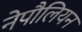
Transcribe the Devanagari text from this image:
नेपौलियन